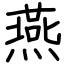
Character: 燕